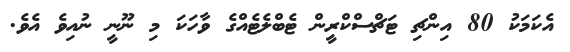
އެކަމަކު 80 އިންޗި ޓަޗްސްކްރީން ޓެބްލެޓެއްގެ ވާހަކަ މި ނޫނީ ނުއިވެ އެވެ.